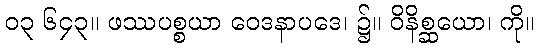
၀၃ ၆၄၃။ ဖဿပစ္စယာ ဝေဒနာပဒေ၊ ၌။ ဝိနိစ္ဆယော၊ ကို။